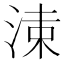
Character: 𣷵